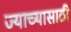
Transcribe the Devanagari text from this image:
ज्याच्यासाठी